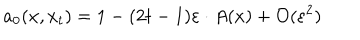
a _ { 0 } ( x , x _ { t } ) = 1 - ( 2 t - 1 ) \varepsilon \cdot A ( x ) + { \cal O } ( \varepsilon ^ { 2 } )